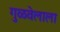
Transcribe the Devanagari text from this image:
गुळवेलाला